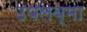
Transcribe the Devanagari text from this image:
उपलब्मा